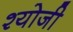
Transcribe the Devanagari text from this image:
श्योजी